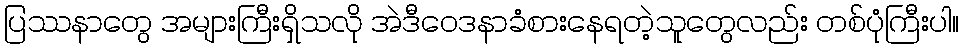
ပြဿနာတွေ အများကြီးရှိသလို အဲဒီဝေဒနာခံစားနေရတဲ့သူတွေလည်း တစ်ပုံကြီးပါ။